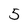
Character: 5